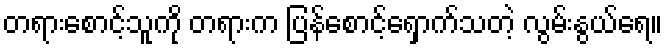
တရားစောင့်သူကို တရားက ပြန်စောင့်ရှောက်သတဲ့ လွမ်းနွယ်ရေ။